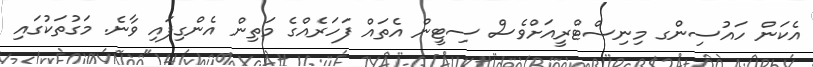
އެކަން ހައުސިންގ މިނިސްޓްރީއަށްވެސް ސިޓީން އެތައް ފަހަރެއްގެ މަތިން އެންގިފައި ވާނެ. މަގުތަކުގައި